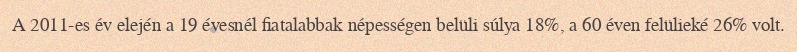
A 2011-es év elején a 19 évesnél fiatalabbak népességen belüli súlya 18%, a 60 éven felülieké 26% volt.